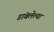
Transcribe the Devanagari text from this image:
डांबलेल्या